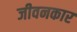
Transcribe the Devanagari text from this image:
जीवनकार